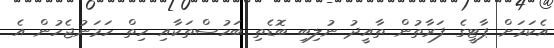
އެކަމަށް ޕާޓީގެ ފަރާތުން ތާއީދު ނުލިބި ބޮޑެތި ބަހުސްތަކާއި ހިތް ހަމަނުޖެހުން އެ